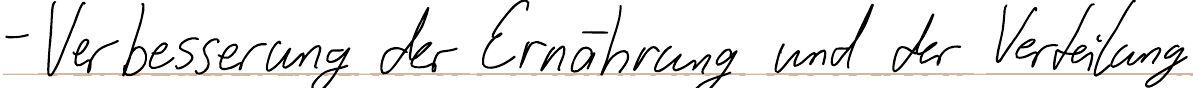
- Verbesserung der Ernährung und der Verteilung